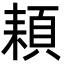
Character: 頛